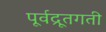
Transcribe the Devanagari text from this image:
पूर्वद्रूतगती